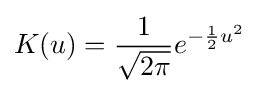
K(u)={\frac {1}{\sqrt {2\pi }}}e^{-{\frac {1}{2}}u^{2}}